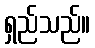
ရှည်သည်။